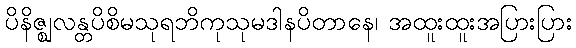
ပိနိဇ္ဈလန္တပိစိမသုရဘိကုသုမဒါနပိတာနေ၊ အထူးထူးအပြားပြား